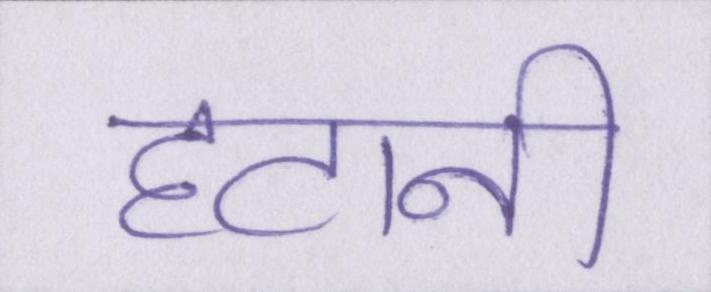
हटानी